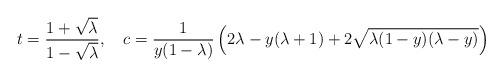
LaTeX: \begin{align*}t= \frac{1+ \sqrt{ \lambda}}{1- \sqrt{\lambda}}, \ \ \ c=\frac{1}{y(1- \lambda)} \left( 2 \lambda - y(\lambda +1) + 2\sqrt{ \lambda (1 -y)(\lambda -y)} \right) \end{align*}